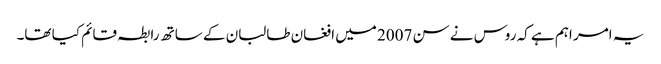
یہ امر اہم ہے کہ روس نے سن 2007 میں افغان طالبان کے ساتھ رابطہ قائم کیا تھا۔